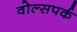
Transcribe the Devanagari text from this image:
वोल्सपर्क